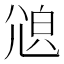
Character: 𡯫